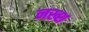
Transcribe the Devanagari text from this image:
नख्श